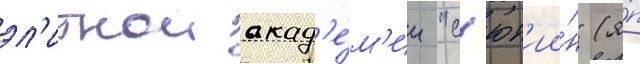
эл'итнои акад'е́м'ии "с'ют'ии́н" (я́п